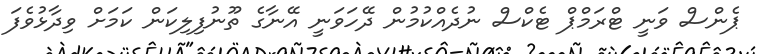
ޕެންސް ވަނީ ޓްރަމްޕް ޓެކްސް ނުދެއްކުމުން ދޭހަވަނީ އޭނާގެ ތޫނުފިލިކަން ކަމަށް ވިދާޅުވެފަ